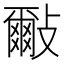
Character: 𣀑